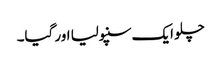
چلو ایک سنپولیا اور گیا۔